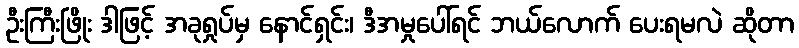
ဦးကြီးဖြိုး ဒါဖြင့် အခုရှုပ်မှ နောင်ရှင်း၊ ဒီအမှုပေါ်ရင် ဘယ်လောက် ပေးရမလဲ ဆိုတာ